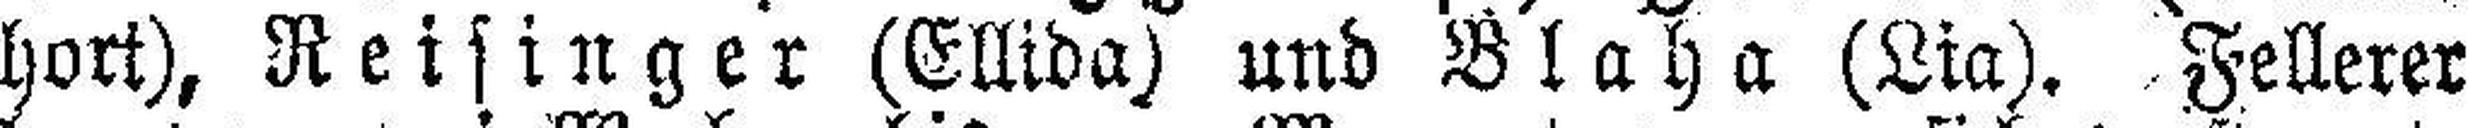
hort), Reisinger (Ellida) und Blaha (Lia). Fellerer